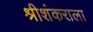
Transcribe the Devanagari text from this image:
श्रीशंकराला